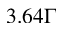
3 . 6 4 \Gamma